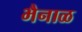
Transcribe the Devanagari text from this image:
भैनाळ